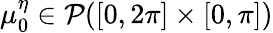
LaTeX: \mu_{0}^{\eta}\in\mathcal P([0,2\pi]\times[0,\pi])